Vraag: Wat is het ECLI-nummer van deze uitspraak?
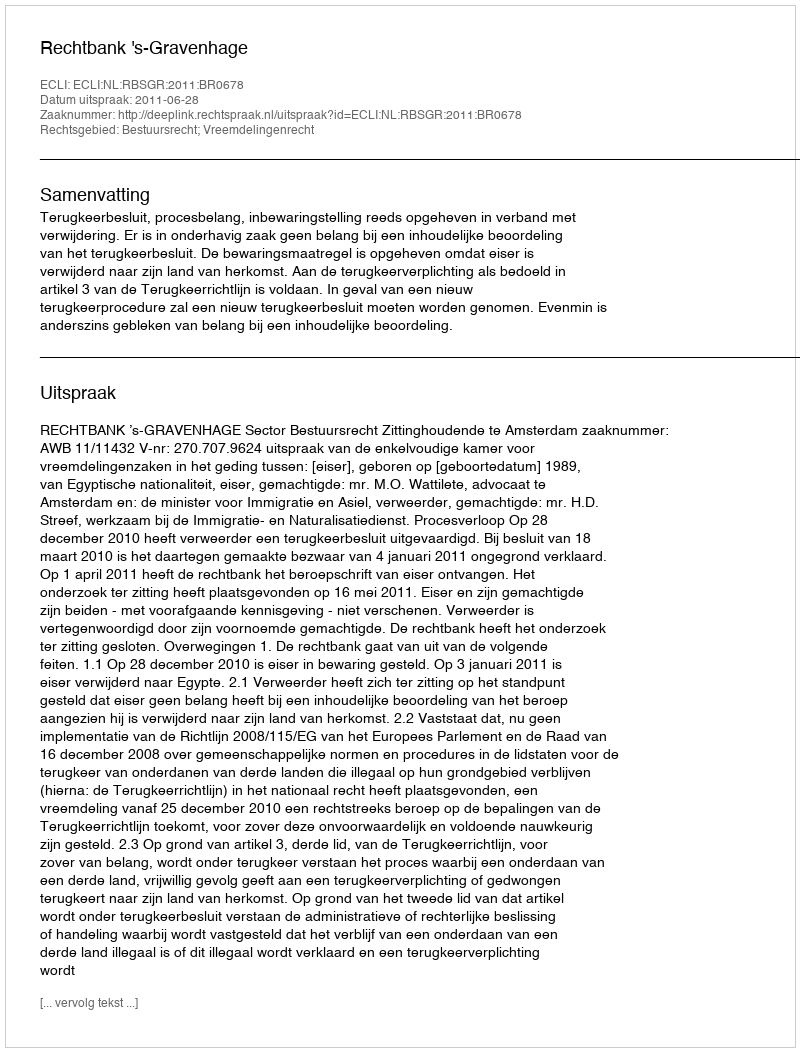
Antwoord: ECLI:NL:RBSGR:2011:BR0678